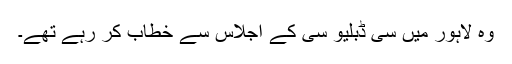
وہ لاہور میں سی ڈبلیو سی کے اجلاس سے خطاب کر رہے تھے۔